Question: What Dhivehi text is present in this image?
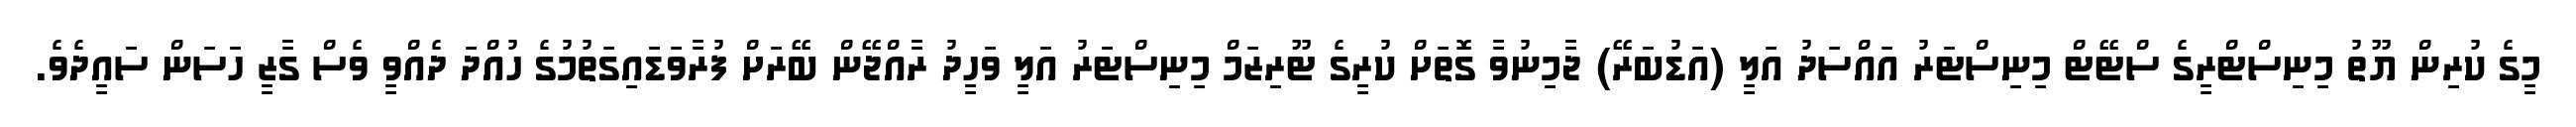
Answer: މީގެ ކުރިން ޔޫތު މިނިސްޓްރީގެ ސްޓޭޓް މިނިސްޓަރު އައްސަދު އަލީ (އަޑުބަރޭ) ޖާމިނުވާ ގޮތަށް ކުރީގެ ޓޫރިޒަމް މިނިސްޓަރު އަލީ ވަހީދު ރާއްޖޭން ބޭރަށް ފުރާވަޑައިގަތުމުގެ ހުއްދަ ދެއްވީ ވެސް ގާޒީ ހަސަން ސައީދެވެ.